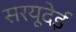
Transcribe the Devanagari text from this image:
सरयूदेई